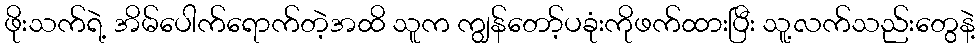
ဖိုးသက်ရဲ့ အိမ်ပေါက်ရောက်တဲ့အထိ သူက ကျွန်တော့်ပခုံးကိုဖက်ထားပြီး သူ့လက်သည်းတွေနဲ့